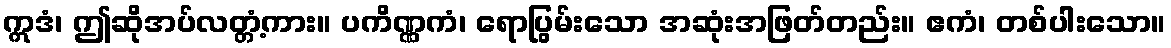
ဣဒံ၊ ဤဆိုအပ်လတ္တံ့ကား။ ပကိဏ္ဏကံ၊ ရောပြွမ်းသော အဆုံးအဖြတ်တည်း။ ဧကံ၊ တစ်ပါးသော။